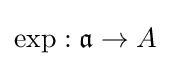
\operatorname {exp} :{\mathfrak {a}}\to A